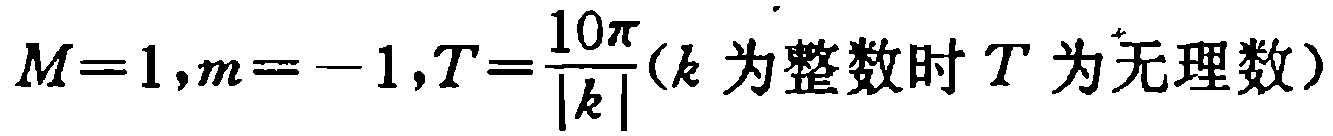
$M = 1,m = - 1,T=\frac{10\pi}{|k|}(k\text{ 为整数时 }T\text{ 为无理数})$